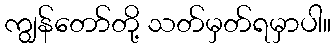
ကျွန်တော်တို့ သတ်မှတ်ရမှာပါ။